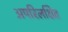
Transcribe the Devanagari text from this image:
अपरिलक्षित